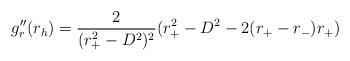
LaTeX: \begin{align*}g''_r(r_h)={2 \over (r^2_+-D^2)^2} (r^2_+-D^2-2(r_+-r_-)r_+)\end{align*}